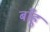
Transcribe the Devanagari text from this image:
बाँहु